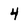
Character: 4